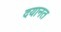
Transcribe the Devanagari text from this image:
दयानत